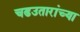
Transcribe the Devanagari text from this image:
चढउतारांच्या